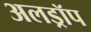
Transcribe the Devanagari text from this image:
अलड्रॉप